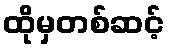
ထိုမှတစ်ဆင့်